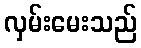
လှမ်းမေးသည်